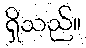
ရှိသည်။